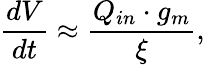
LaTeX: \frac{dV}{dt}\approx\frac{Q_{in}\cdot g_{m}}{\xi},